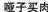
哑子买肉